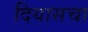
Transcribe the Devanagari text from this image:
दियासचा